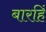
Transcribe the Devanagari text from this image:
बारहिं